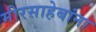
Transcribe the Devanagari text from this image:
मीरसाहेबांना